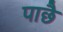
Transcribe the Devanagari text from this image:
पाछै